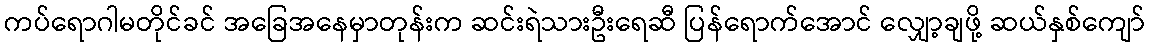
ကပ်ရောဂါမတိုင်ခင် အခြေအနေမှာတုန်းက ဆင်းရဲသားဦးရေဆီ ပြန်ရောက်အောင် လျှော့ချဖို့ ဆယ်နှစ်ကျော်